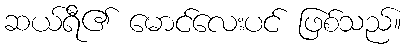
ဆယ်ရီ၏ မောင်လေးပင် ဖြစ်သည်။